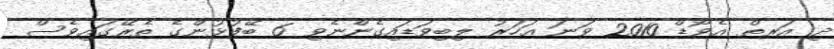
ދި އަރތް އެވޯޑް 2010 ވަނަ އަހަރު ލިބިވަޑައިގެންނެވި 6 ބޭފުޅުންގެ ތެރޭގައިވެސް